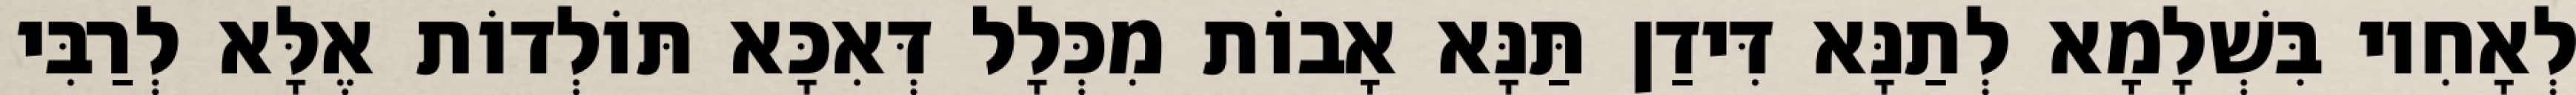
לְאָחִיו בִּשְׁלָמָא לְתַנָּא דִּידַן תַּנָּא אָבוֹת מִכְּלָל דְּאִכָּא תּוֹלְדוֹת אֶלָּא לְרַבִּי